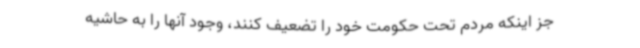
جز اینکه مردم تحت حکومت خود را تضعیف کنند، وجود آنها را به حاشیه